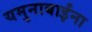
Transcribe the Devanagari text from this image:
यमुनाबाईंना